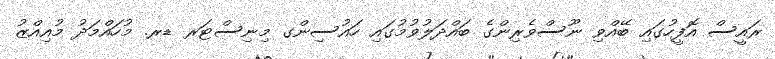
ރައީސް އޮފީހުގައި ބޭއްވި ނޫސްވެރިންގެ ބައްދަލުވުމުގައި ހައުސިންގ މިނިސްޓަރ ޑރ. މުހައްމަދު މުއިއްޒު